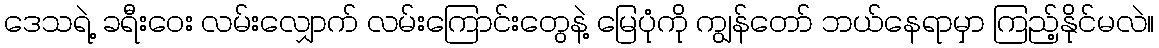
ဒေသရဲ့ ခရီးဝေး လမ်းလျှောက် လမ်းကြောင်းတွေနဲ့ မြေပုံကို ကျွန်တော် ဘယ်နေရာမှာ ကြည့်နိုင်မလဲ။